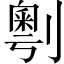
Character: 𠟲